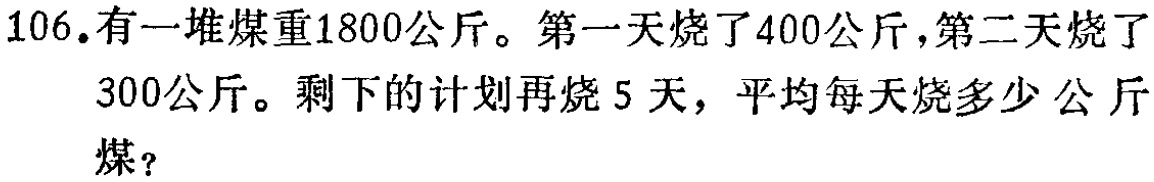
106.有一堆煤重1800公斤。第一天烧了400公斤，第二天烧了
300公斤。剩下的计划再烧5天，平均每天烧多少公斤
煤？